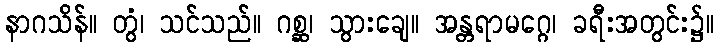
နာဂသိန်။ တွံ၊ သင်သည်။ ဂစ္ဆ၊ သွားချေ။ အန္တရာမဂ္ဂေ၊ ခရီးအတွင်း၌။